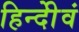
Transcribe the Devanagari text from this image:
हिन्दीेवं